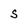
Character: s